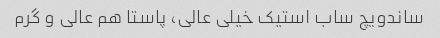
ساندویچ ساب استیک خیلی عالی، پاستا هم عالی و گرم